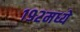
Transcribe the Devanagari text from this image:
१९२मध्ये